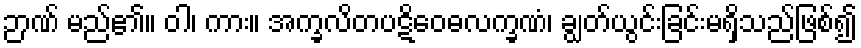
ဉာဏ် မည်၏။ ဝါ၊ ကား။ အက္ခလိတပဋိဝေဓလက္ခဏံ၊ ချွတ်ယွင်းခြင်းမရှိသည်ဖြစ်၍